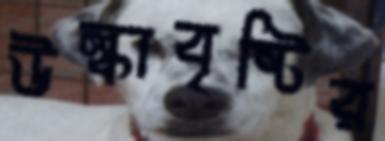
উল্কাবৃষ্টির